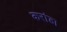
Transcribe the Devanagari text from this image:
करांडा